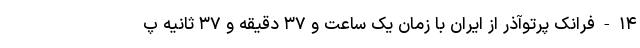
۱۴-فرانک پرتوآذر از ایران با زمان یک ساعت و ۳۷ دقیقه و ۳۷ ثانیه پ